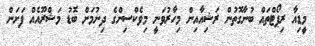
މީޑިއާ ރިޕޯޓްތައް ބުނާގޮތުން ރަޝިއާއިން މިހާރުވަނީ މިވެކްސިންގެ ދިނުމަށް ބޮޑު މަޝްރޫއެއް ފަށަން